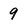
Character: 9